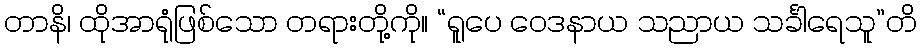
တာနိ၊ ထိုအာရုံဖြစ်သော တရားတို့ကို။ “ရူပေ ဝေဒနာယ သညာယ သင်္ခါရေသူ”တိ